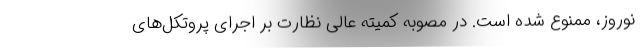
نوروز، ممنوع شده است. در مصوبه کمیته عالی نظارت بر اجرای پروتکل‌های